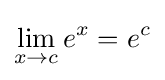
\lim _{x\to c}e^{x}=e^{c}